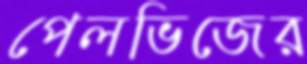
পেলভিজের